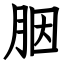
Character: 胭